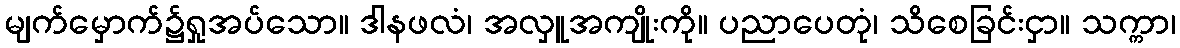
မျက်မှောက်၌ရှုအပ်သော။ ဒါနဖလံ၊ အလှူအကျိုးကို။ ပညာပေတုံ၊ သိစေခြင်းငှာ။ သက္ကာ၊